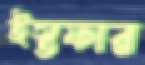
ইস্তফার